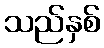
သည်နှစ်